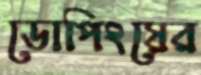
ডোপিংয়ের